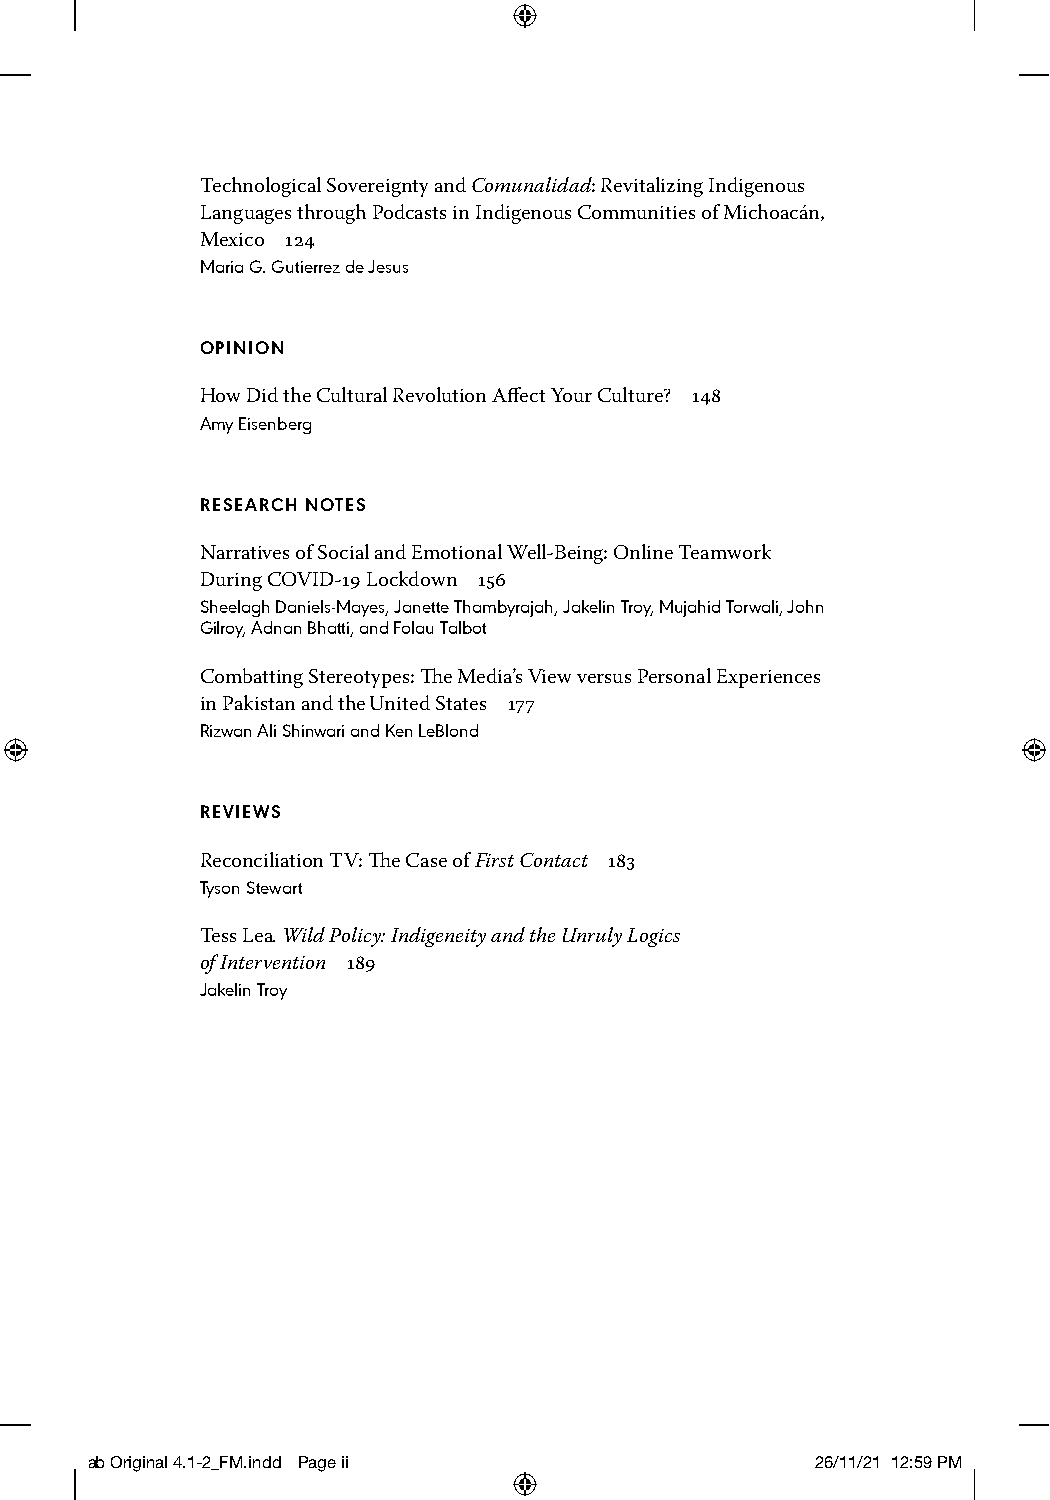
Technological Sovereignty and Comunalidad: Revitalizing Indigenous
 Languages through Podcasts in Indigenous Communities of Michoacán,
 Mexico 124
 Maria G. Gutierrez de Jesus
 OPINION
 How Did the Cultural Revolution Affect Your Culture? 148
 Amy Eisenberg
 RESEARCH NOTES
 Narratives of Social and Emotional Well-Being: Online Teamwork
 During COVID-19 Lockdown 156
 Sheelagh Daniels-Mayes, Janette Thambyrajah, Jakelin Troy, Mujahid Torwali, John
 Gilroy, Adnan Bhatti, and Folau Talbot
 Combatting Stereotypes: The Media’s View versus Personal Experiences
 in Pakistan and the United States 177
 Rizwan Ali Shinwari and Ken LeBlond
 REVIEWS
 Reconciliation TV: The Case of First Contact 183
 Tyson Stewart
 Tess Lea. Wild Policy: Indigeneity and the Unruly Logics
 of Intervention 189
 Jakelin Troy
 ab Original 4.1-2_FM.indd Page ii               26/11/21 12:59 PM